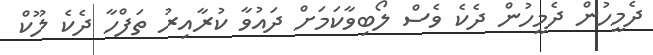
ދެމީހުން ދެމީހުން ދެކެ ވެސް ލޯބިވާކަމަށް ދައުވާ ކުރާއިރު ތަފްހާ ދެކެ ލޫކް